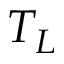
T _ { L }